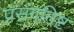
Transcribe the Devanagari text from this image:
प्रसंगनिष्ट